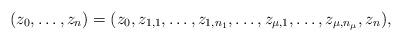
LaTeX: \begin{align*}(z_0,\ldots, z_n)=(z_0,z_{1,1},\ldots,z_{1,n_1},\ldots,z_{\mu,1},\ldots,z_{\mu,n_{\mu}}, z_n),\end{align*}